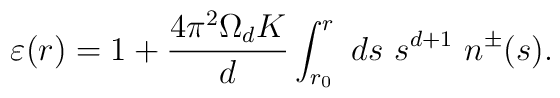
\varepsilon(r) = 1 + \frac{4\pi^2\Omega_d K}{d} \int_{r_0}^r ~ds ~ s^{d+1} ~n^\pm (s).